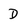
Character: D